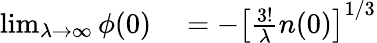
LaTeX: \begin{array}{rl}{\operatorname*{lim}_{\lambda\to\infty}\phi(0)}&{{}=-\left[\frac{3!}\lambda n(0)\right]^{1/3}}\end{array}